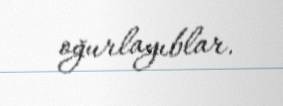
oğurlayıblar.